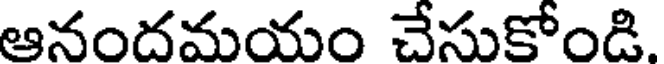
ఆనందమయం చేసుకోండి